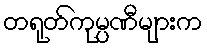
တရုတ်ကုမ္ပဏီများက